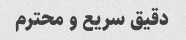
دقیق سریع و محترم